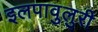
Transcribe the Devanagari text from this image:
इलपावुलुरी